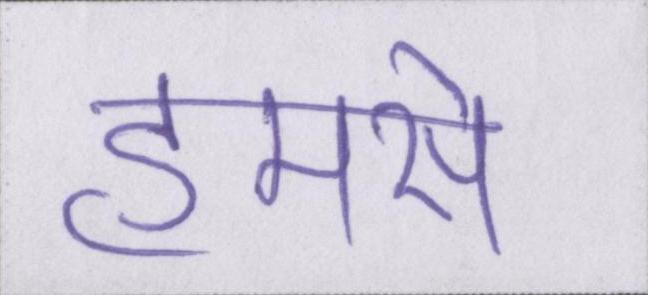
हमसे